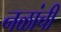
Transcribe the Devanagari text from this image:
नळांची